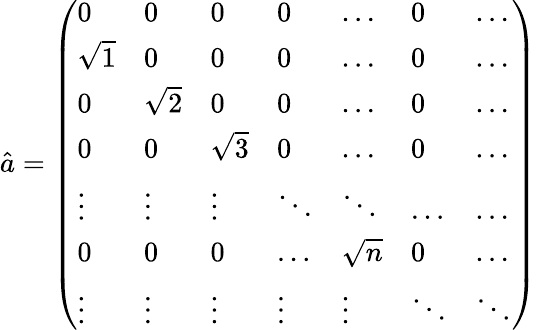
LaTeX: \hat{a}=\left(\begin{array}{lllllll}{0}&{0}&{0}&{0}&{\dots}&{0}&{\dots}\\ {\sqrt{1}}&{0}&{0}&{0}&{\dots}&{0}&{\dots}\\ {0}&{\sqrt{2}}&{0}&{0}&{\dots}&{0}&{\dots}\\ {0}&{0}&{\sqrt{3}}&{0}&{\dots}&{0}&{\dots}\\ {\vdots}&{\vdots}&{\vdots}&{\ddots}&{\ddots}&{\dots}&{\dots}\\ {0}&{0}&{0}&{\dots}&{\sqrt{n}}&{0}&{\dots}\\ {\vdots}&{\vdots}&{\vdots}&{\vdots}&{\vdots}&{\ddots}&{\ddots}\end{array}\right)